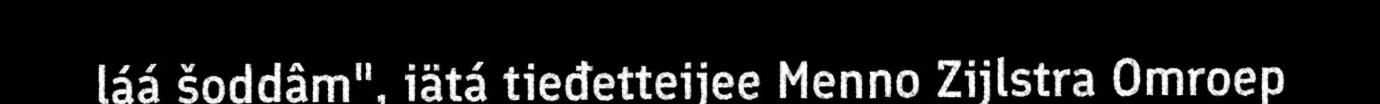
láá šoddâm", iätá tieđetteijee Menno Zijlstra Omroep